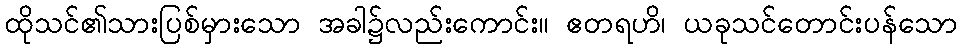
ထိုသင်၏သားပြစ်မှားသော အခါ၌လည်းကောင်း။ ဧတရဟိ၊ ယခုသင်တောင်းပန်သော